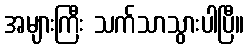
အများကြီး သက်သာသွားပါပြီ။